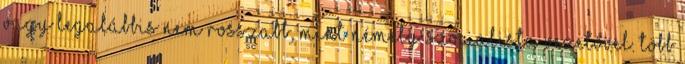
vagy legalábbis nem rosszabb, mint némely szocialista vezetővel. Több